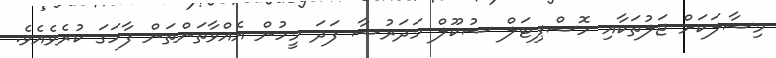
މިސާލަކަށް ޖަލުތަކާއި ހޮސްޕިޓަލް ސުކޫލް މަދަރުސާ ފަދަ މީހުން އެއްވާތަންތަން ފާހަގަ ކުރެވެއެވެ.